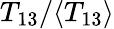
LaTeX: T_{13}/\langle{T_{13}}\rangle{}